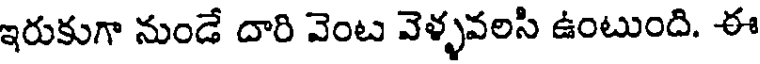
ఇరుకుగా నుండే దారి వెంట వెళ్ళవలసి ఉంటుంది. ఈ